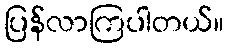
ပြန်လာကြပါတယ်။